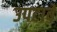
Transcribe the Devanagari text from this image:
उपटावे